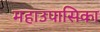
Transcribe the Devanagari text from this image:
महाउपासिका